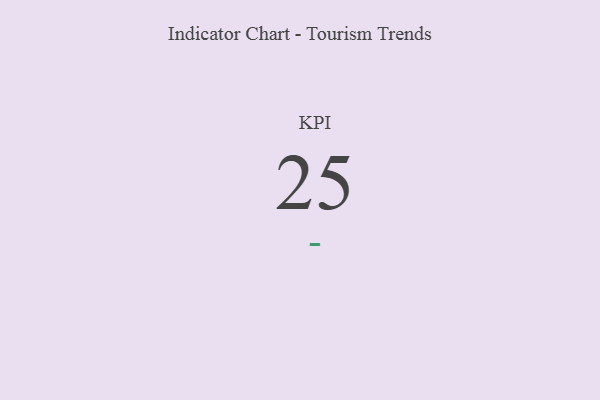
{"axis": {"x": "KPI", "y": "Value"}, "legend": [""], "data": [{"x": "KPI", "y": 25, "type": ""}]}